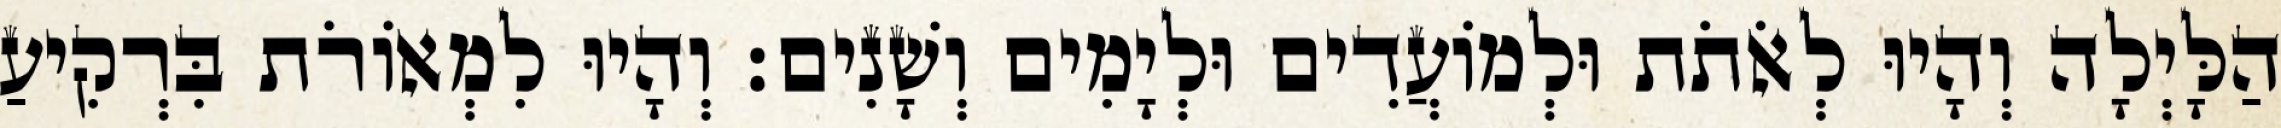
הַלָּיְלָה וְהָיוּ לְאֹתֹת וּלְמֹועֲדִים וּלְיָמִים וְשָׁנִים׃ וְהָיוּ לִמְאֹורֹת בִּרְקִיעַ